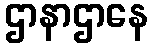
ဌာနာဌာနေ